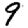
Digit: 9